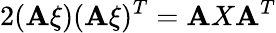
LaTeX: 2(\mathbf{A}\xi)(\mathbf{A}\xi)^{T}=\mathbf{A}X\mathbf{A}^{T}